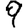
Digit: 9